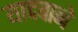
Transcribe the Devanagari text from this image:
यादवाने